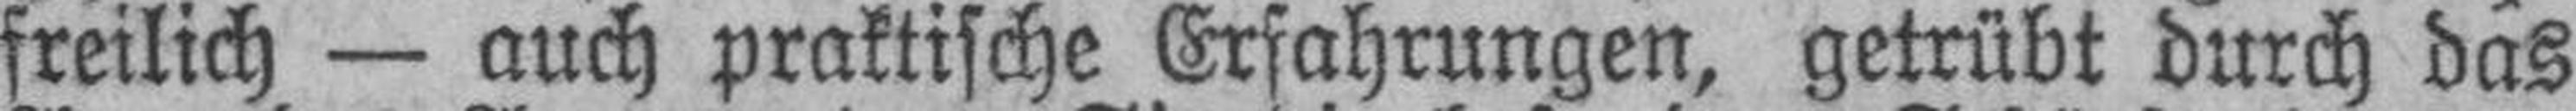
freilich — auch praktische Erfahrungen, getrübt durch das